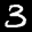
Label: 3